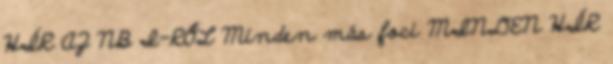
HÍR AZ NB I-RŐL Minden más foci MINDEN HÍR